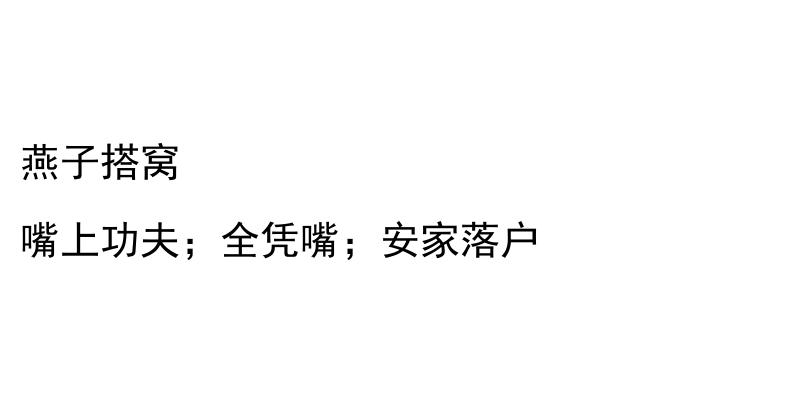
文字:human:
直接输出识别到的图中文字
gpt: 燕子搭窝 嘴上功夫；全凭嘴；安家落户